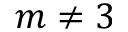
m \neq 3